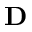
\textbf { D }